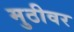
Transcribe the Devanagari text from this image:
मुठीवर